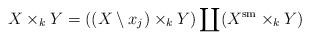
LaTeX: \begin{align*}X\times_kY = ((X\setminus{x_j})\times_kY)\coprod (X^{\textrm{sm}}\times_kY)\end{align*}